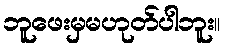
ဘူဖေးမှမဟုတ်ပါဘူး။